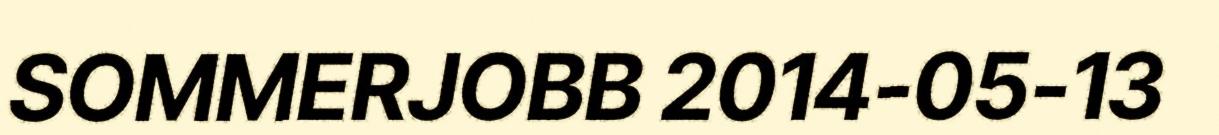
SOMMERJOBB 2014-05-13